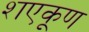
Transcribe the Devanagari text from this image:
शएकूण